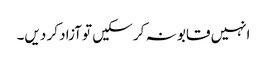
انہیں قابو نہ کر سکیں تو آزاد کر دیں۔